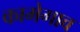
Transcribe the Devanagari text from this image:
कामेगाव